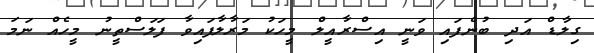
ގިލާޑް އަދި ބުނެފައި ވަނީ އިސްރާއީލް މީހަކު މަރާލާފައިވާ ފަލަސްތީނު މީހެއް ނަމަ